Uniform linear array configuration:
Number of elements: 32
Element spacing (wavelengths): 0.5
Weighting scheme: exponential
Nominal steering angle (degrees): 60
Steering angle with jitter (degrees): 60.781
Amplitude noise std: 0.05
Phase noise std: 0.05

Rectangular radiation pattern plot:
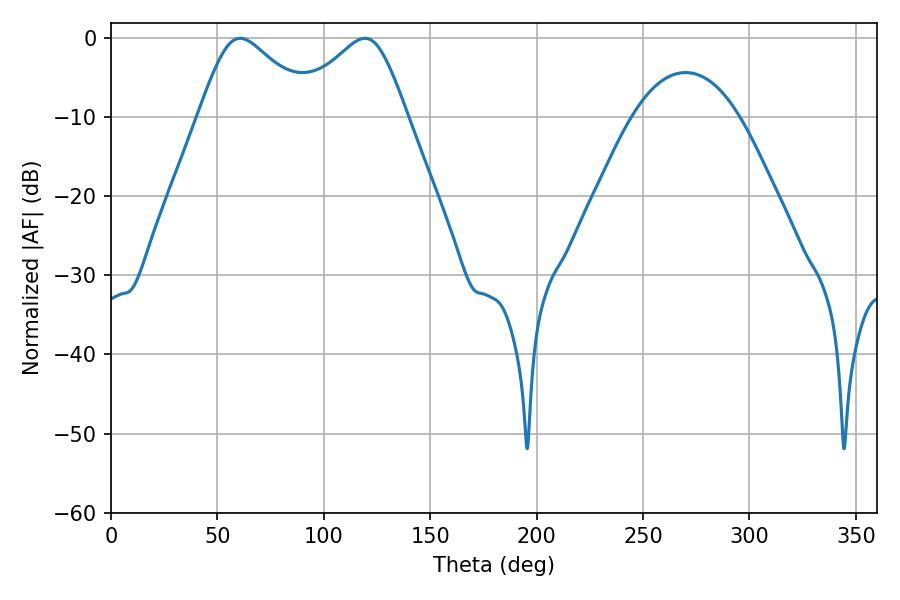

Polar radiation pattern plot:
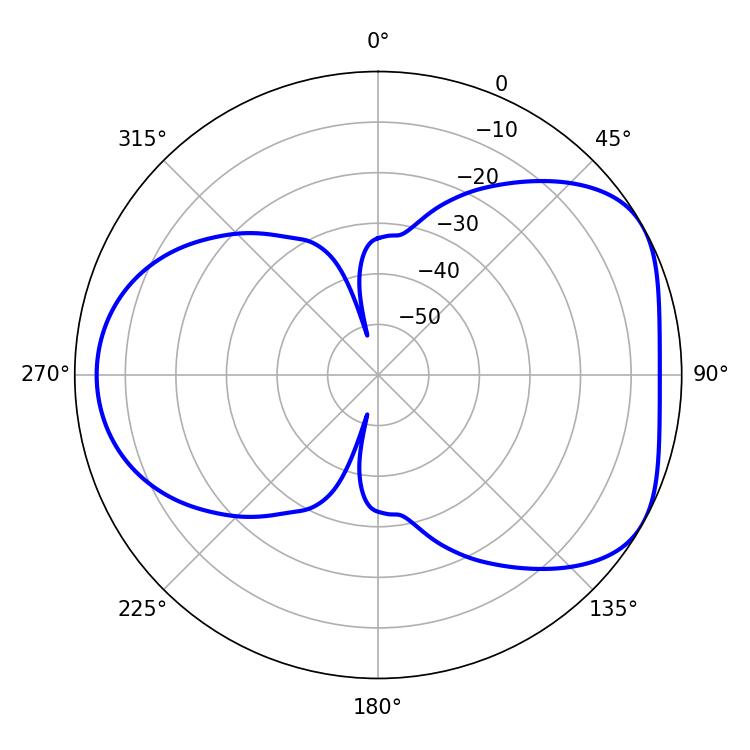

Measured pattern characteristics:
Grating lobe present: FALSE
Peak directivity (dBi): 4.802
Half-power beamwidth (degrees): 26.64
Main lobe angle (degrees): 60.66